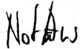
Text: NotAus